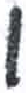
אות: ו